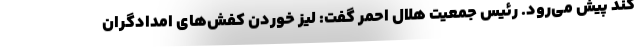
کند پیش می‌رود. رئیس جمعیت هلال احمر گفت: لیز خوردن کفش‌های امدادگران